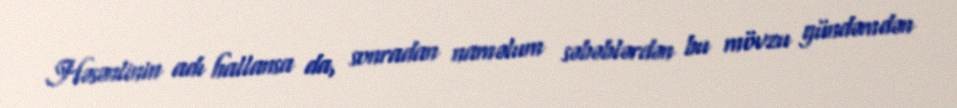
Həsənlinin adı hallansa da, sonradan naməlum səbəblərdən bu mövzu gündəmdən